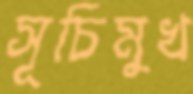
সূচিমুখ